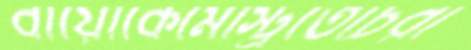
বায়োকেমেস্ট্রিতেচিরা